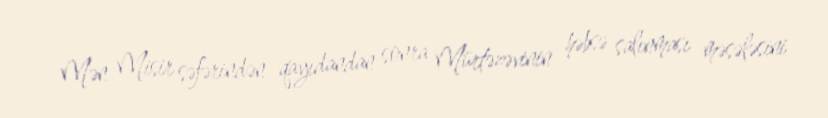
Mən Misir səfərindən qayıdandan sonra Mürtəzəvinin həbsə salınması məsələsini